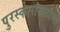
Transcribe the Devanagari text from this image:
पुरस्कारांसाठीच्या